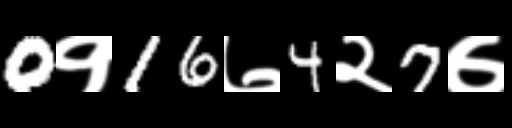
Text: 0१16७4२7७